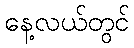
နေ့လယ်တွင်